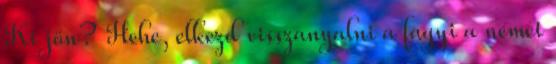
Ki jön? Hehe, elkezd visszanyalni a fagyi a német